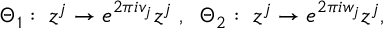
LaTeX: \Theta _ { 1 } : \; z ^ { j } \rightarrow e ^ { 2 \pi i v _ { j } } z ^ { j } \; , \; \; \Theta _ { 2 } : \; z ^ { j } \rightarrow e ^ { 2 \pi i w _ { j } } z ^ { j } ,